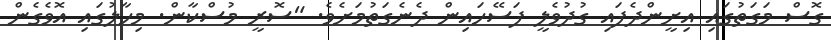
ގޮސް މަގަތުގައި އިށީންދެފައި ގުދުވެލީ ފަސޭހައިން ދެނެގަތުމަށެވެ. "ސޮރީ މުސްކާން. މިހާލުގައި އޮވެގެން